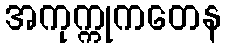
အကုက္ကုကတေန